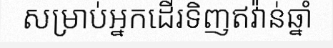
សម្រាប់អ្នកដើរទិញឥវ៉ាន់ឆ្នាំ